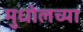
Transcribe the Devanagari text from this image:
मुधोलच्या